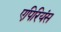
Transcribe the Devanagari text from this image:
एपिरियंस